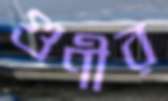
গুণীর